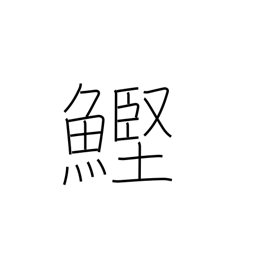
Meaning: bonito